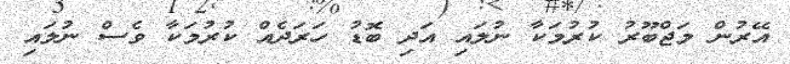
އޭރުން މަޖްބޫރު ކުރުމަކާ ނުލައި އަދި ބޮޑު ހަރަދެއް ކުރުމަކާ ވެސް ނުލައި